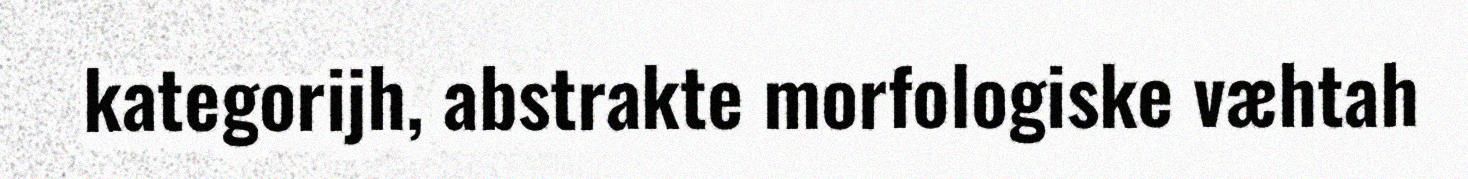
kategorijh, abstrakte morfologiske væhtah